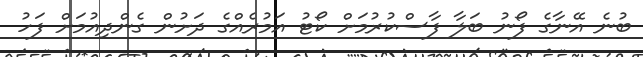
ބުނެ އޭނާގެ ފޯނު ބަލާ ފާސްކުރުމަށް ކޯޓު އަމުރެއްގެ ދަށުން ގެންދިއުމަށް ފަހު